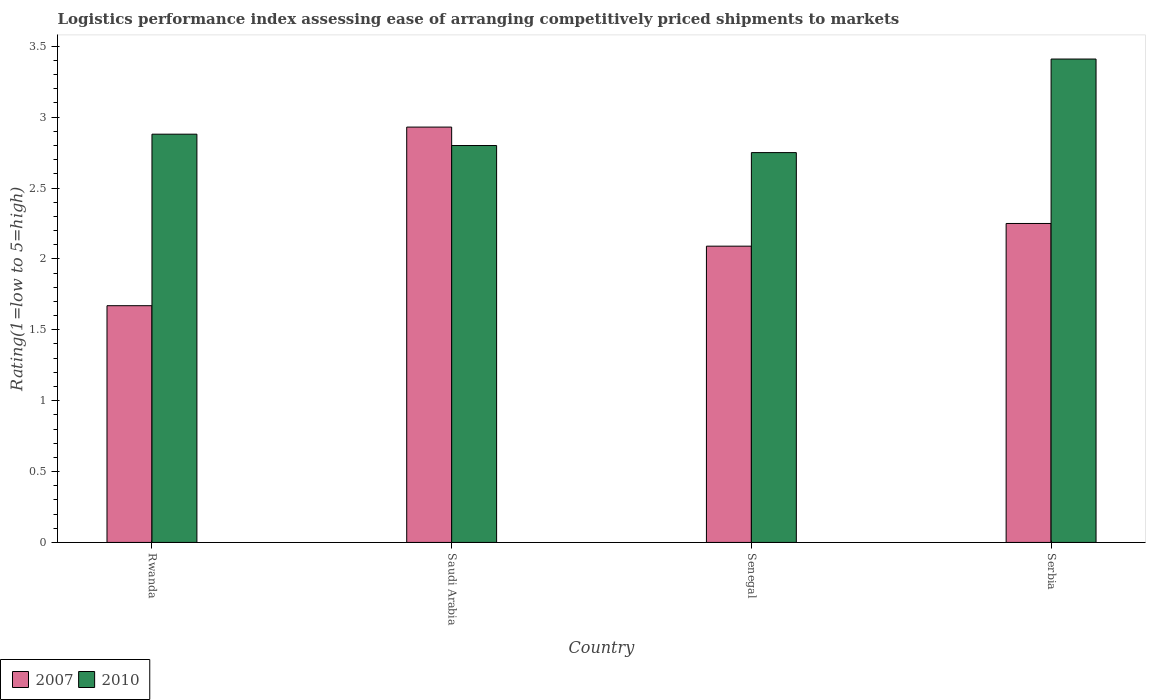
| Country | 2007 | 2010 |
 | --- | --- | --- |
 | Rwanda | 1.67 | 2.88 |
 | Saudi Arabia | 2.93 | 2.8 |
 | Senegal | 2.09 | 2.75 |
 | Serbia | 2.25 | 3.41 |